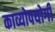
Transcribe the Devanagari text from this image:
काव्योपयोगी